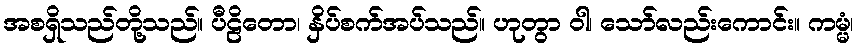
အစရှိသည်တို့သည်။ ပီဠိတော၊ နှိပ်စက်အပ်သည်။ ဟုတွာ ဝါ၊ သော်လည်းကောင်း။ ကမ္မံ၊